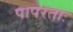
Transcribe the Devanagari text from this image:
पापरताः